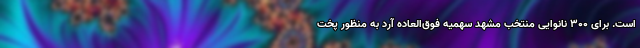
است. برای ۳۰۰ نانوایی منتخب مشهد سهمیه فوق‌العاده آرد به منظور پخت